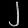
Digit: ၂